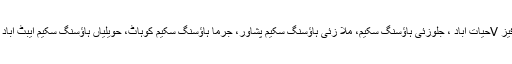
جبکہ ہاؤسنگ ڈیپارٹمنٹ کے منصوبوں ہائی رائز فلیٹس فیز Vحیات آباد ، جلوزئی ہاؤسنگ سکیم، ملا زئی ہاؤسنگ سکیم پشاور، جرما ہاؤسنگ سکیم کوہاٹ، حویلیاں ہاؤسنگ سکیم ایبٹ آباد سے مجموعی طور پر 3554ملین روپے آمدن متوقع ہے۔